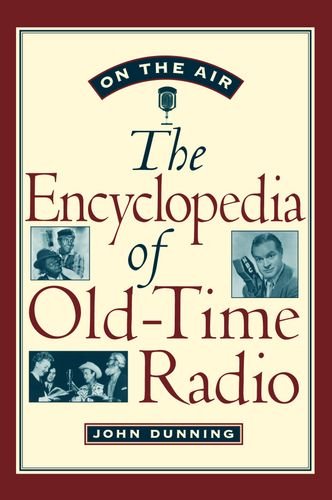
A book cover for On the Air: The Encyclopedia of Old-Time Radio; John Dunning; Humor & Entertainment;